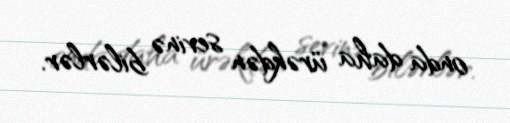
onda daha ürəkdən sevinə bilərlər.